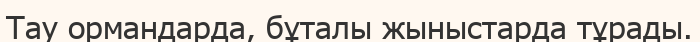
Тау ормандарда, бұталы жыныстарда тұрады.